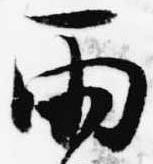
雨